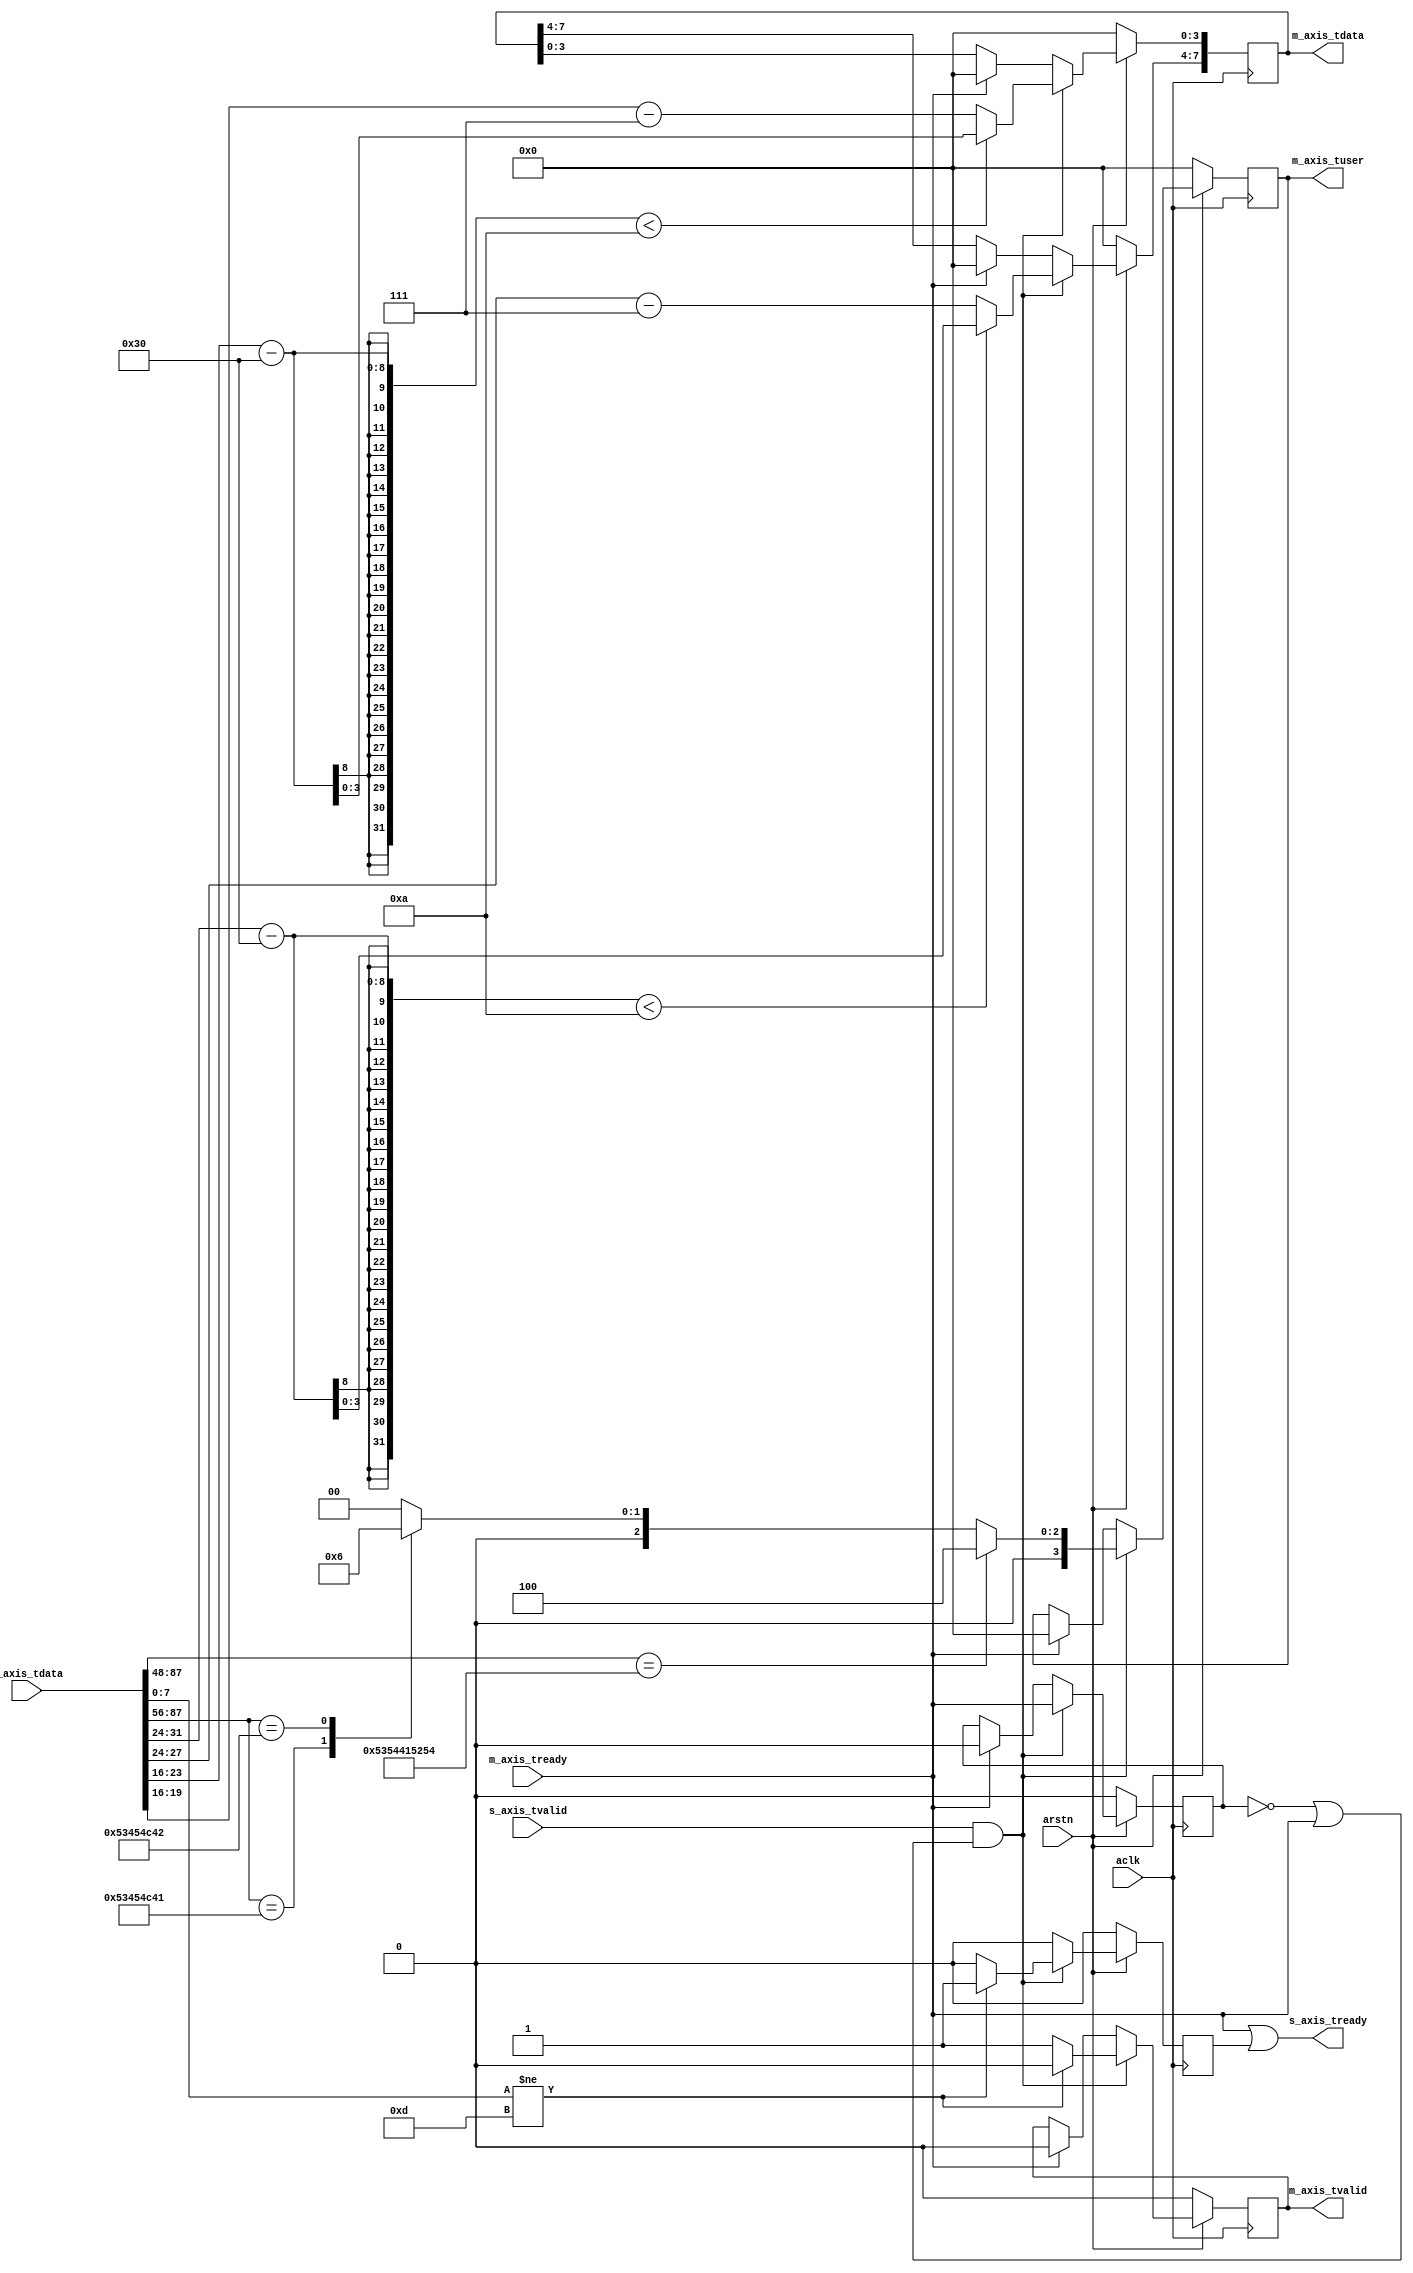
// ***************************************************************************
// ***************************************************************************
// @FILE    util_axis_puf_string_decoder.v
// @AUTHOR  Jay Convertino
// @DATE    2022.04.25
// @BRIEF   Convert strings to puf data.
// @DETAILS Carrige return terminated string converted to puf data.
//
// @LICENSE MIT
//  Copyright 2021 Jay Convertino
//
//  Permission is hereby granted, free of charge, to any person obtaining a copy
//  of this software and associated documentation files (the "Software"), to 
//  deal in the Software without restriction, including without limitation the
//  rights to use, copy, modify, merge, publish, distribute, sublicense, and/or 
//  sell copies of the Software, and to permit persons to whom the Software is 
//  furnished to do so, subject to the following conditions:
//
//  The above copyright notice and this permission notice shall be included in 
//  all copies or substantial portions of the Software.
//
//  THE SOFTWARE IS PROVIDED "AS IS", WITHOUT WARRANTY OF ANY KIND, EXPRESS OR 
//  IMPLIED, INCLUDING BUT NOT LIMITED TO THE WARRANTIES OF MERCHANTABILITY, 
//  FITNESS FOR A PARTICULAR PURPOSE AND NONINFRINGEMENT. IN NO EVENT SHALL THE
//  AUTHORS OR COPYRIGHT HOLDERS BE LIABLE FOR ANY CLAIM, DAMAGES OR OTHER 
//  LIABILITY, WHETHER IN AN ACTION OF CONTRACT, TORT OR OTHERWISE, ARISING 
//  FROM, OUT OF OR IN CONNECTION WITH THE SOFTWARE OR THE USE OR OTHER DEALINGS
//  IN THE SOFTWARE.
// ***************************************************************************
// ***************************************************************************

`timescale 1ns/100ps

//string to puf
module util_axis_puf_string_decoder
  (
    //axi streaming clock and reset.
    input        aclk,
    input        arstn,
    //axis slave interface (input)
    input   [ 87:0] s_axis_tdata,
    input           s_axis_tvalid,
    output          s_axis_tready,
    //axis master interface (out)
    output  reg [ 7:0]  m_axis_tdata,
    output  reg         m_axis_tvalid,
    output  reg [ 3:0]  m_axis_tuser,
    input               m_axis_tready
  );
  
  reg p_m_axis_tready;
  reg force_s_axis_tready;
  
  //core does its conversion in a single clock cycle, tready needs to be sent to
  //the block before it since no blocking is done here.
  assign s_axis_tready = m_axis_tready | force_s_axis_tready;
  
  always @(posedge aclk) begin
    if(arstn == 1'b0) begin
      m_axis_tdata    <= 0;
      m_axis_tvalid   <= 0;
      m_axis_tuser    <= 0;
      p_m_axis_tready <= 0;
      force_s_axis_tready <= 0;
    end else begin
        
        force_s_axis_tready <= 0;
        
        //when ready, 0 out data so we don't send out the same thing over and over.
        if(m_axis_tready == 1'b1) begin
          m_axis_tdata    <= 0;
          m_axis_tvalid   <= 0;
          m_axis_tuser    <= 0;
          //no valid data, so lets 0 out previous to allow a valid assert of data without ready.
          p_m_axis_tready <= 0;
        end
        
        //decode data into bits, wait for the ready signel to be correct.
        if((s_axis_tvalid == 1'b1) && (~p_m_axis_tready || m_axis_tready)) begin
        
          //only update tready previous when tready is 1 or 0 0 (inital or no valid data for a while).
          p_m_axis_tready <= m_axis_tready;
          
          //data will be valid if string is terminated at the correct position.
          m_axis_tvalid <= 1'b1;
          //check return
          //CR(D)
          if(s_axis_tdata[7:0] != 8'h0D) begin
            m_axis_tvalid       <= 1'b0;
            force_s_axis_tready <= 1'b1;
          end
          
          //decode sel regester target
          case(s_axis_tdata[87:56])
            "SELA": begin
              m_axis_tuser <= 4'b0001;
            end
            "SELB": begin
              m_axis_tuser <= 4'b0010;
            end
            default: begin
              m_axis_tuser <= 4'b0000;
            end
          endcase
          
          //check if its the start signal, if it is set tuser
          if(s_axis_tdata[87:48] == "START") begin
            m_axis_tuser <= 4'b0100;
          end

          //NOW, the OW will be decoded... which is non-sense. Start condition core is expected to ignore this.
          //offset conversion for hex to decimal
          // 48 is for 0 to 9, 55 is for 10 to 15 (A to F)
          m_axis_tdata[ 7: 4] <= ((s_axis_tdata[31:24] - 48) < 10 ? (s_axis_tdata[31:24] - 48) : (s_axis_tdata[31:24] - 55));
          m_axis_tdata[ 3: 0] <= ((s_axis_tdata[23:16] - 48) < 10 ? (s_axis_tdata[23:16] - 48) : (s_axis_tdata[23:16] - 55));

        end
    end
  end
  
endmodule